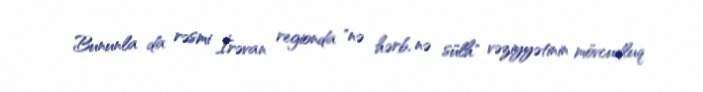
Bununla da rəsmi İrəvan regionda "nə hərb, nə sülh" vəziyyətinin mövcudluq